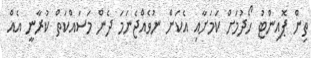
ތިން ޕޮއިންޓު ހޯދުމަށް ކަމަށާއި އެކަން ނުވެއްޖެނަމަ ދެން މަސައްކަތް ކުރާނީ އެއް